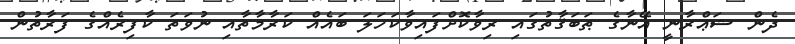
ދެން ޝަޢްރާނީ އޭނާގެ ޠަބަޤާތުގައި ރިވާކޮށްފައިވާކަހަލަ ބައެއް ކަރާމާތާއި ނުވަތަ ކާފިރެއްގެ ފަރާތުން